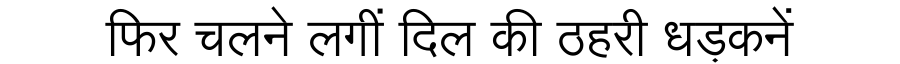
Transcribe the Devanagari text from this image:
फिर चलने लगीं दिल की ठहरी धड़कनें